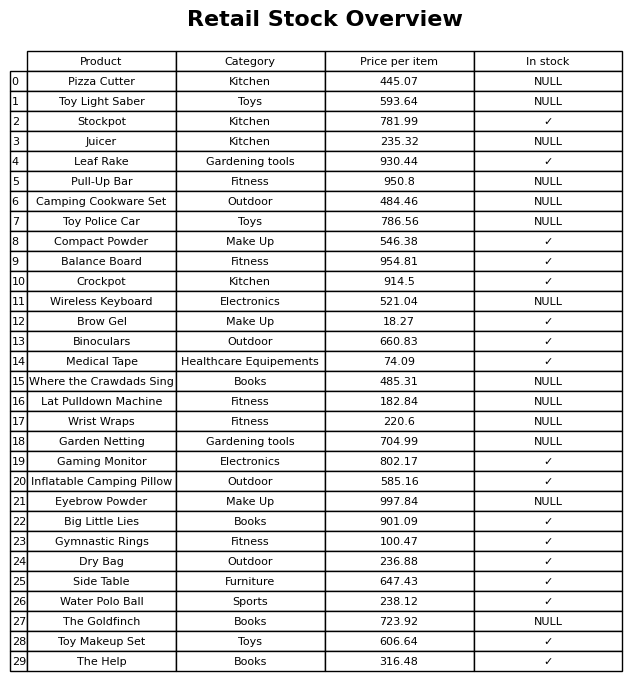
question: What is the price for Toy Police Car?
answer: The price of Toy Police Car is 786.56.